Plague in India, 1896, 1897 - Volume 2
Year: 1896
Disease focus: Plague
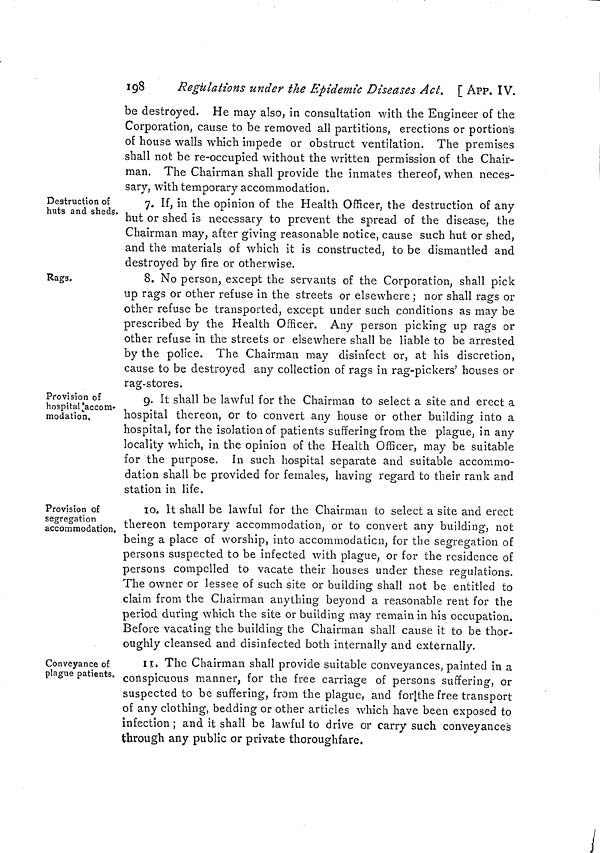
241
APP. IX. ]
spread of infection by sea.
No. 45.
Telegram, No. 10, dated 8th January 1897.
From—Home, Calcutta,
To—Secretary to the Government of Madras, Marine Department.
Your telegram dated 6th. Governor General in Council sanctions,
as a temporary measure, the issue of Quarantine rules against Bombay
and Karachi for port of Tuticorin, similar to those sanctioned for
Madras. Please wire date of Notification publishing rules, and send
copy for publication in Gazette of India.
No. 46.
Telegram, dated the 11th January 1897.
From—Madras, Marine, Madras,
To—Home, Calcutta.
Your telegram 10-Sanitary. Quarantine against Bombay and
Karachi will be imposed at port of Tuticorin with effect from the 13th
instant. Copy of rules follows.
No. 47.
Rules at Madras
against Karachi.
Notification of the Government of India in the Home Department, No. 33, dated
the 15th January 1897.
The following rules for quarantine against plague, which have
been made by the Government of Madras in exercise of the power
conferred by section I, Act I of 1870, with the previous sanction of
the Governor General in Council, are published for general inform-
ation.
The rules have effect from the 6th January 1897 as a temporary
measure at the port of Madras :—
I.—The Commander of every vessel arriving from Karachi shall,
before entering the port, indicate his arrival by signal.
II.—Such Commander shall not, except as hereinafter provided,
allow any communication, either with the pilot boat, except orally,
or with the shore, or with any other vessel or boat in the port.
III.—Immediately on any such arrival being signalled, the Health
(or other Medical) Officer of the port shall go alongside the vessel and
ascertain by inquiry from the Commander whether any person on
board is suffering, or has during the voyage suffered, from plague,
If there is no case of plague on board, pratique may be granted at the
discretion of the Health Officer whether the vessel carries a qualified
Medical Officer or not. Pratique granted at Colombo will be recog-
nised.
IV.—If the Health Officer shall have reason to believe at the time
when the vessel arrives in the port that any person on board is
c 31